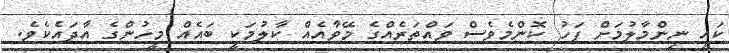
ކައި ނިންމާލުމަށް ފަހު ކޮންމެވެސް ވައްތަރެއްގެ މޭވާއެއް ކާލުމަކީ ބައެއް މީހުންގެ އާދައެކެވެ.